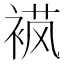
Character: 𬡟